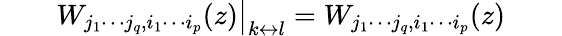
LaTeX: \qquad\left.W_{j_{1}\cdots j_{q},i_{1}\cdots i_{p}}(z)\right|_{k\leftrightarrow l}=W_{j_{1}\cdots j_{q},i_{1}\cdots i_{p}}(z)\qquad